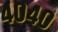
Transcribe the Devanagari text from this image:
४०४०